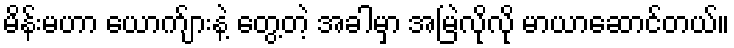
မိန်းမဟာ ယောက်ျားနဲ့ တွေ့တဲ့ အခါမှာ အမြဲလိုလို မာယာဆောင်တယ်။